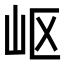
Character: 岖